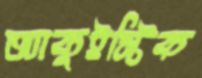
অ্যাকুইস্টিক